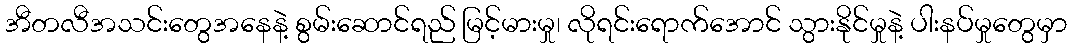
အီတလီအသင်းတွေအနေနဲ့ စွမ်းဆောင်ရည် မြင့်မားမှု၊ လိုရင်းရောက်အောင် သွားနိုင်မှုနဲ့ ပါးနပ်မှုတွေမှာ